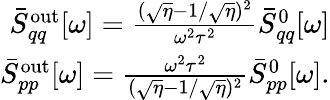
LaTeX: \begin{array}{r}{\bar{S}_{qq}^{\mathrm{out}}[\omega]=\frac{(\sqrt{\eta}-1/\sqrt{\eta})^{2}}{\omega^{2}\tau^{2}}\bar{S}_{qq}^{0}[\omega]}\\ {\bar{S}_{pp}^{\mathrm{out}}[\omega]=\frac{\omega^{2}\tau^{2}}{(\sqrt{\eta}-1/\sqrt{\eta})^{2}}\bar{S}_{pp}^{0}[\omega].}\end{array}